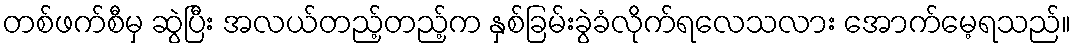
တစ်ဖက်စီမှ ဆွဲပြီး အလယ်တည့်တည့်က နှစ်ခြမ်းခွဲခံလိုက်ရလေသလား အောက်မေ့ရသည်။